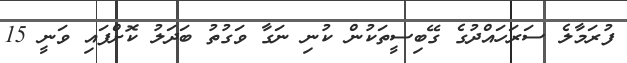
ފުރަމާލެ ސަރަހައްދުގެ ގޭބިސީތަކުން ކުނި ނަގާ ވަގުތު ބަދަލު ކޮށްފައި ވަނީ 15